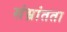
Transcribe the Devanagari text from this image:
संभ्रांतता